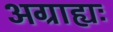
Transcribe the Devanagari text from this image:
अग्राह्यः